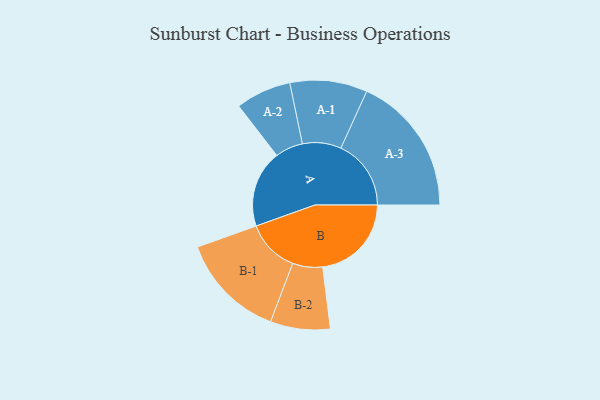
{"axis": {"x": "Segment", "y": "Value"}, "legend": ["", "A", "B"], "data": [{"x": "A", "y": 291, "type": ""}, {"x": "B", "y": 335, "type": ""}, {"x": "A-1", "y": 146, "type": "A"}, {"x": "A-2", "y": 105, "type": "A"}, {"x": "A-3", "y": 265, "type": "A"}, {"x": "B-1", "y": 200, "type": "B"}, {"x": "B-2", "y": 113, "type": "B"}]}